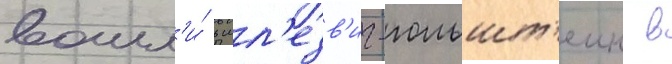
вошл'и́ в шл'езв'иг-гольшт'еин в